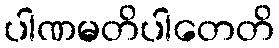
ပါဏမတိပါတေတိ